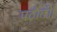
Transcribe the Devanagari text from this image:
पठौती।